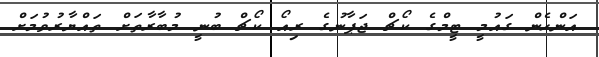
އަންހެން ގައުމީ ޓީމްގެ ކޯޗް ޖަޕާނުގެ ރިއޯ ކޯޗް ބުނީ މުބާރާތަށް ތައްޔާރުވުމަށް